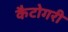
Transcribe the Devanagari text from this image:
कैटोगरी